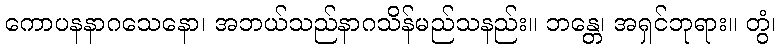
ကောပနနာဂသေနော၊ အဘယ်သည်နာဂသိန်မည်သနည်း။ ဘန္တေ၊ အရှင်ဘုရား။ တွံ၊